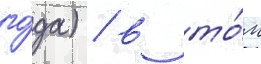
го́да) / в то́м